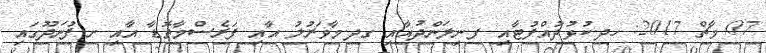
07 މާޗް 2017: ހދ.ކުޅުދުއްފުޓާއި ފ.ނިލަންދުއާއި ގދ.މާވަރުލު އާއި ފަރެސްމާތޮޑާ އާއި ށ.ފުނަދޫގައި